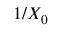
1 / X _ { 0 }